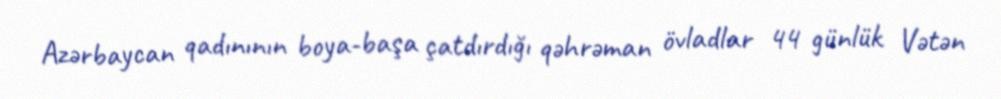
Azərbaycan qadınının boya-başa çatdırdığı qəhrəman övladlar 44 günlük Vətən